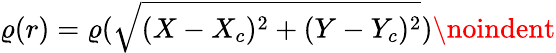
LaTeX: \varrho(r)=\varrho(\sqrt{(X-X_{c})^{2}+(Y-Y_{c})^{2}})\noindent